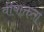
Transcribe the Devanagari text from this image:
वीषाक्तता